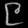
Digit: ၉